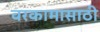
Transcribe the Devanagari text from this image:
वरकामासाठी